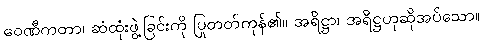
ဝေဏီကတာ၊ ဆံထုံးဖွဲ့ခြင်းကို ပြုတတ်ကုန်၏။ အရိဋ္ဌာ၊ အရိဋ္ဌဟုဆိုအပ်သော။